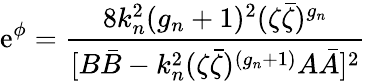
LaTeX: \mathrm{e}^{\phi}=\frac{{8k_{n}^{2}(g_{n}+1)^{2}(\zeta\bar{{\zeta}})^{g_{n}}}}{{[B\bar{{B}}-k_{n}^{2}(\zeta\bar{{\zeta}})^{(g_{n}+1)}A\bar{{A}}]^{2}}}